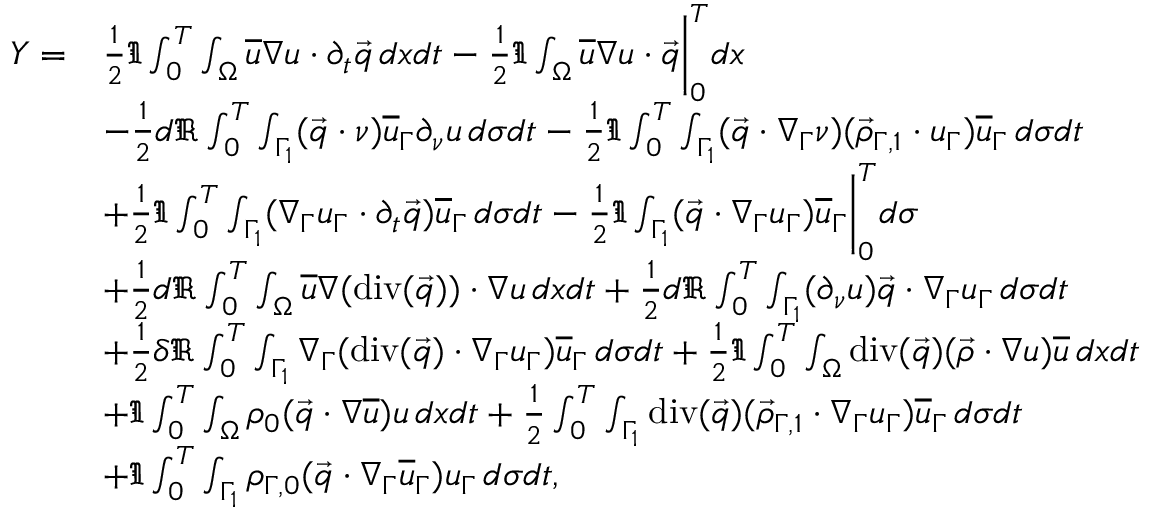
\begin{array} { r l } { Y = } & { \frac { 1 } { 2 } \Im \int _ { 0 } ^ { T } \int _ { \Omega } \overline { { u } } \nabla u \cdot \partial _ { t } \vec { q } \, d x d t - \frac { 1 } { 2 } \Im \int _ { \Omega } \overline { { u } } \nabla u \cdot \vec { q } \bigg | _ { 0 } ^ { T } d x } \\ & { - \frac { 1 } { 2 } d \Re \int _ { 0 } ^ { T } \int _ { \Gamma _ { 1 } } ( \vec { q } \cdot \nu ) \overline { { u } } _ { \Gamma } \partial _ { \nu } u \, d \sigma d t - \frac { 1 } { 2 } \Im \int _ { 0 } ^ { T } \int _ { \Gamma _ { 1 } } ( \vec { q } \cdot \nabla _ { \Gamma } \nu ) ( \vec { \rho } _ { \Gamma , 1 } \cdot u _ { \Gamma } ) \overline { { u } } _ { \Gamma } \, d \sigma d t } \\ & { + \frac { 1 } { 2 } \Im \int _ { 0 } ^ { T } \int _ { \Gamma _ { 1 } } ( \nabla _ { \Gamma } u _ { \Gamma } \cdot \partial _ { t } \vec { q } ) \overline { { u } } _ { \Gamma } \, d \sigma d t - \frac { 1 } { 2 } \Im \int _ { \Gamma _ { 1 } } ( \vec { q } \cdot \nabla _ { \Gamma } u _ { \Gamma } ) \overline { { u } } _ { \Gamma } \bigg | _ { 0 } ^ { T } d \sigma } \\ & { + \frac { 1 } { 2 } d \Re \int _ { 0 } ^ { T } \int _ { \Omega } \overline { { u } } \nabla ( \mathrm { d i v } ( \vec { q } ) ) \cdot \nabla u \, d x d t + \frac { 1 } { 2 } d \Re \int _ { 0 } ^ { T } \int _ { \Gamma _ { 1 } } ( \partial _ { \nu } u ) \vec { q } \cdot \nabla _ { \Gamma } u _ { \Gamma } \, d \sigma d t } \\ & { + \frac { 1 } { 2 } \delta \Re \int _ { 0 } ^ { T } \int _ { \Gamma _ { 1 } } \nabla _ { \Gamma } ( \mathrm { d i v } ( \vec { q } ) \cdot \nabla _ { \Gamma } u _ { \Gamma } ) \overline { { u } } _ { \Gamma } \, d \sigma d t + \frac { 1 } { 2 } \Im \int _ { 0 } ^ { T } \int _ { \Omega } \mathrm { d i v } ( \vec { q } ) ( \vec { \rho } \cdot \nabla u ) \overline { { u } } \, d x d t } \\ & { + \Im \int _ { 0 } ^ { T } \int _ { \Omega } \rho _ { 0 } ( \vec { q } \cdot \nabla \overline { { u } } ) u \, d x d t + \frac { 1 } { 2 } \int _ { 0 } ^ { T } \int _ { \Gamma _ { 1 } } \mathrm { d i v } ( \vec { q } ) ( \vec { \rho } _ { \Gamma , 1 } \cdot \nabla _ { \Gamma } u _ { \Gamma } ) \overline { { u } } _ { \Gamma } \, d \sigma d t } \\ & { + \Im \int _ { 0 } ^ { T } \int _ { \Gamma _ { 1 } } \rho _ { \Gamma , 0 } ( \vec { q } \cdot \nabla _ { \Gamma } \overline { { u } } _ { \Gamma } ) u _ { \Gamma } \, d \sigma d t , } \end{array}